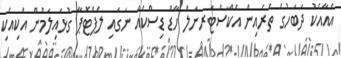
އެއާއެކު ދަބަހުގެ ތެރެއިން އެކްސްޓަރނަލް ހާޑް ޑިސްކެއް ނަގައި ލެޕްޓޮޕާ ގުޅައިލަމުން އެކިއެކި